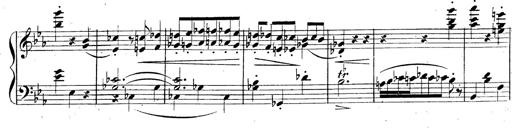
Title: 3 Caprices-Valses
Composer: Franz Liszt